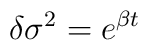
{\delta}{\sigma}^{2}=e^{{\beta}t}